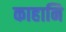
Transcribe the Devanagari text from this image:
काहानि